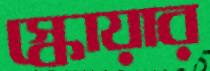
স্কোয়ার